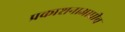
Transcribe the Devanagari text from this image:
प्रकाशनाआधीच